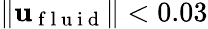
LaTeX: \| \mathbf{u}_{\mathrm{~f~l~u~i~d~}}\| <0.03